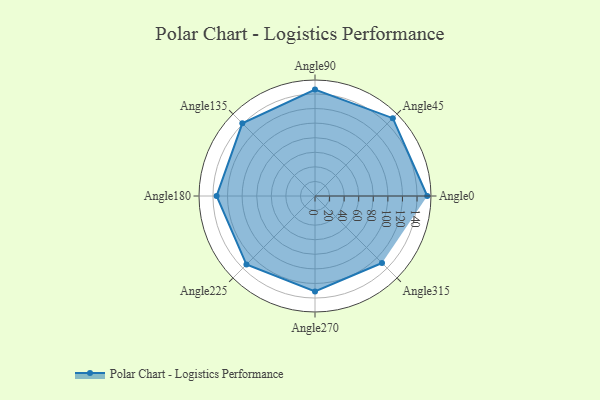
{"axis": {"x": "Angle", "y": "Radius"}, "legend": [""], "data": [{"x": "Angle0", "y": 154.0, "type": ""}, {"x": "Angle45", "y": 151.0, "type": ""}, {"x": "Angle90", "y": 146.0, "type": ""}, {"x": "Angle135", "y": 141.0, "type": ""}, {"x": "Angle180", "y": 135.0, "type": ""}, {"x": "Angle225", "y": 133.0, "type": ""}, {"x": "Angle270", "y": 131.0, "type": ""}, {"x": "Angle315", "y": 130.0, "type": ""}]}